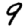
Digit: 9